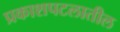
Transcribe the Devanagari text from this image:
प्रकाशपटलातील